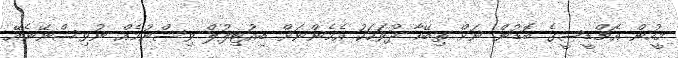
މީހުން އެޗްޑީސީގެ ބޮޑުން ނަށް ތިބޭހާ ދުވަހަކު އެމެންނަށް ބިއުޓިފުލް ވިސްނުމެއް ނުވިސްނޭނެއޭ